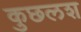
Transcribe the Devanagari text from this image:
कुछलश